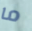
ما